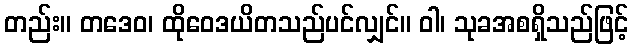
တည်း။ တဒေဝ၊ ထိုဝေဒယိတသည်ပင်လျှင်။ ဝါ၊ သုခအစရှိသည်ဖြင့်